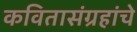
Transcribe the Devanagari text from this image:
कवितासंग्रहांचे